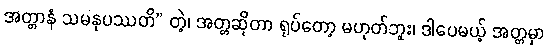
အတ္တာနံ သမနုပဿတိ” တဲ့၊ အတ္တဆိုတာ ရုပ်တော့ မဟုတ်ဘူး၊ ဒါပေမယ့် အတ္တမှာ